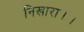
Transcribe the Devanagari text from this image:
निखारा।।